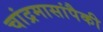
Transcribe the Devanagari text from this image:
चांद्रमासांपैकी